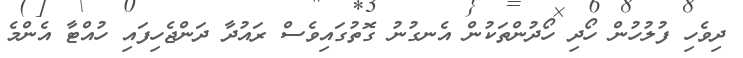
ދިވެހި ފުލުހުން ހޯދި ހޯދުންތަކުން އެނގުނު ގޮތުގައިވެސް ރައުދާ ދަންޖެހިފައި ހުއްޓާ އެންމެ